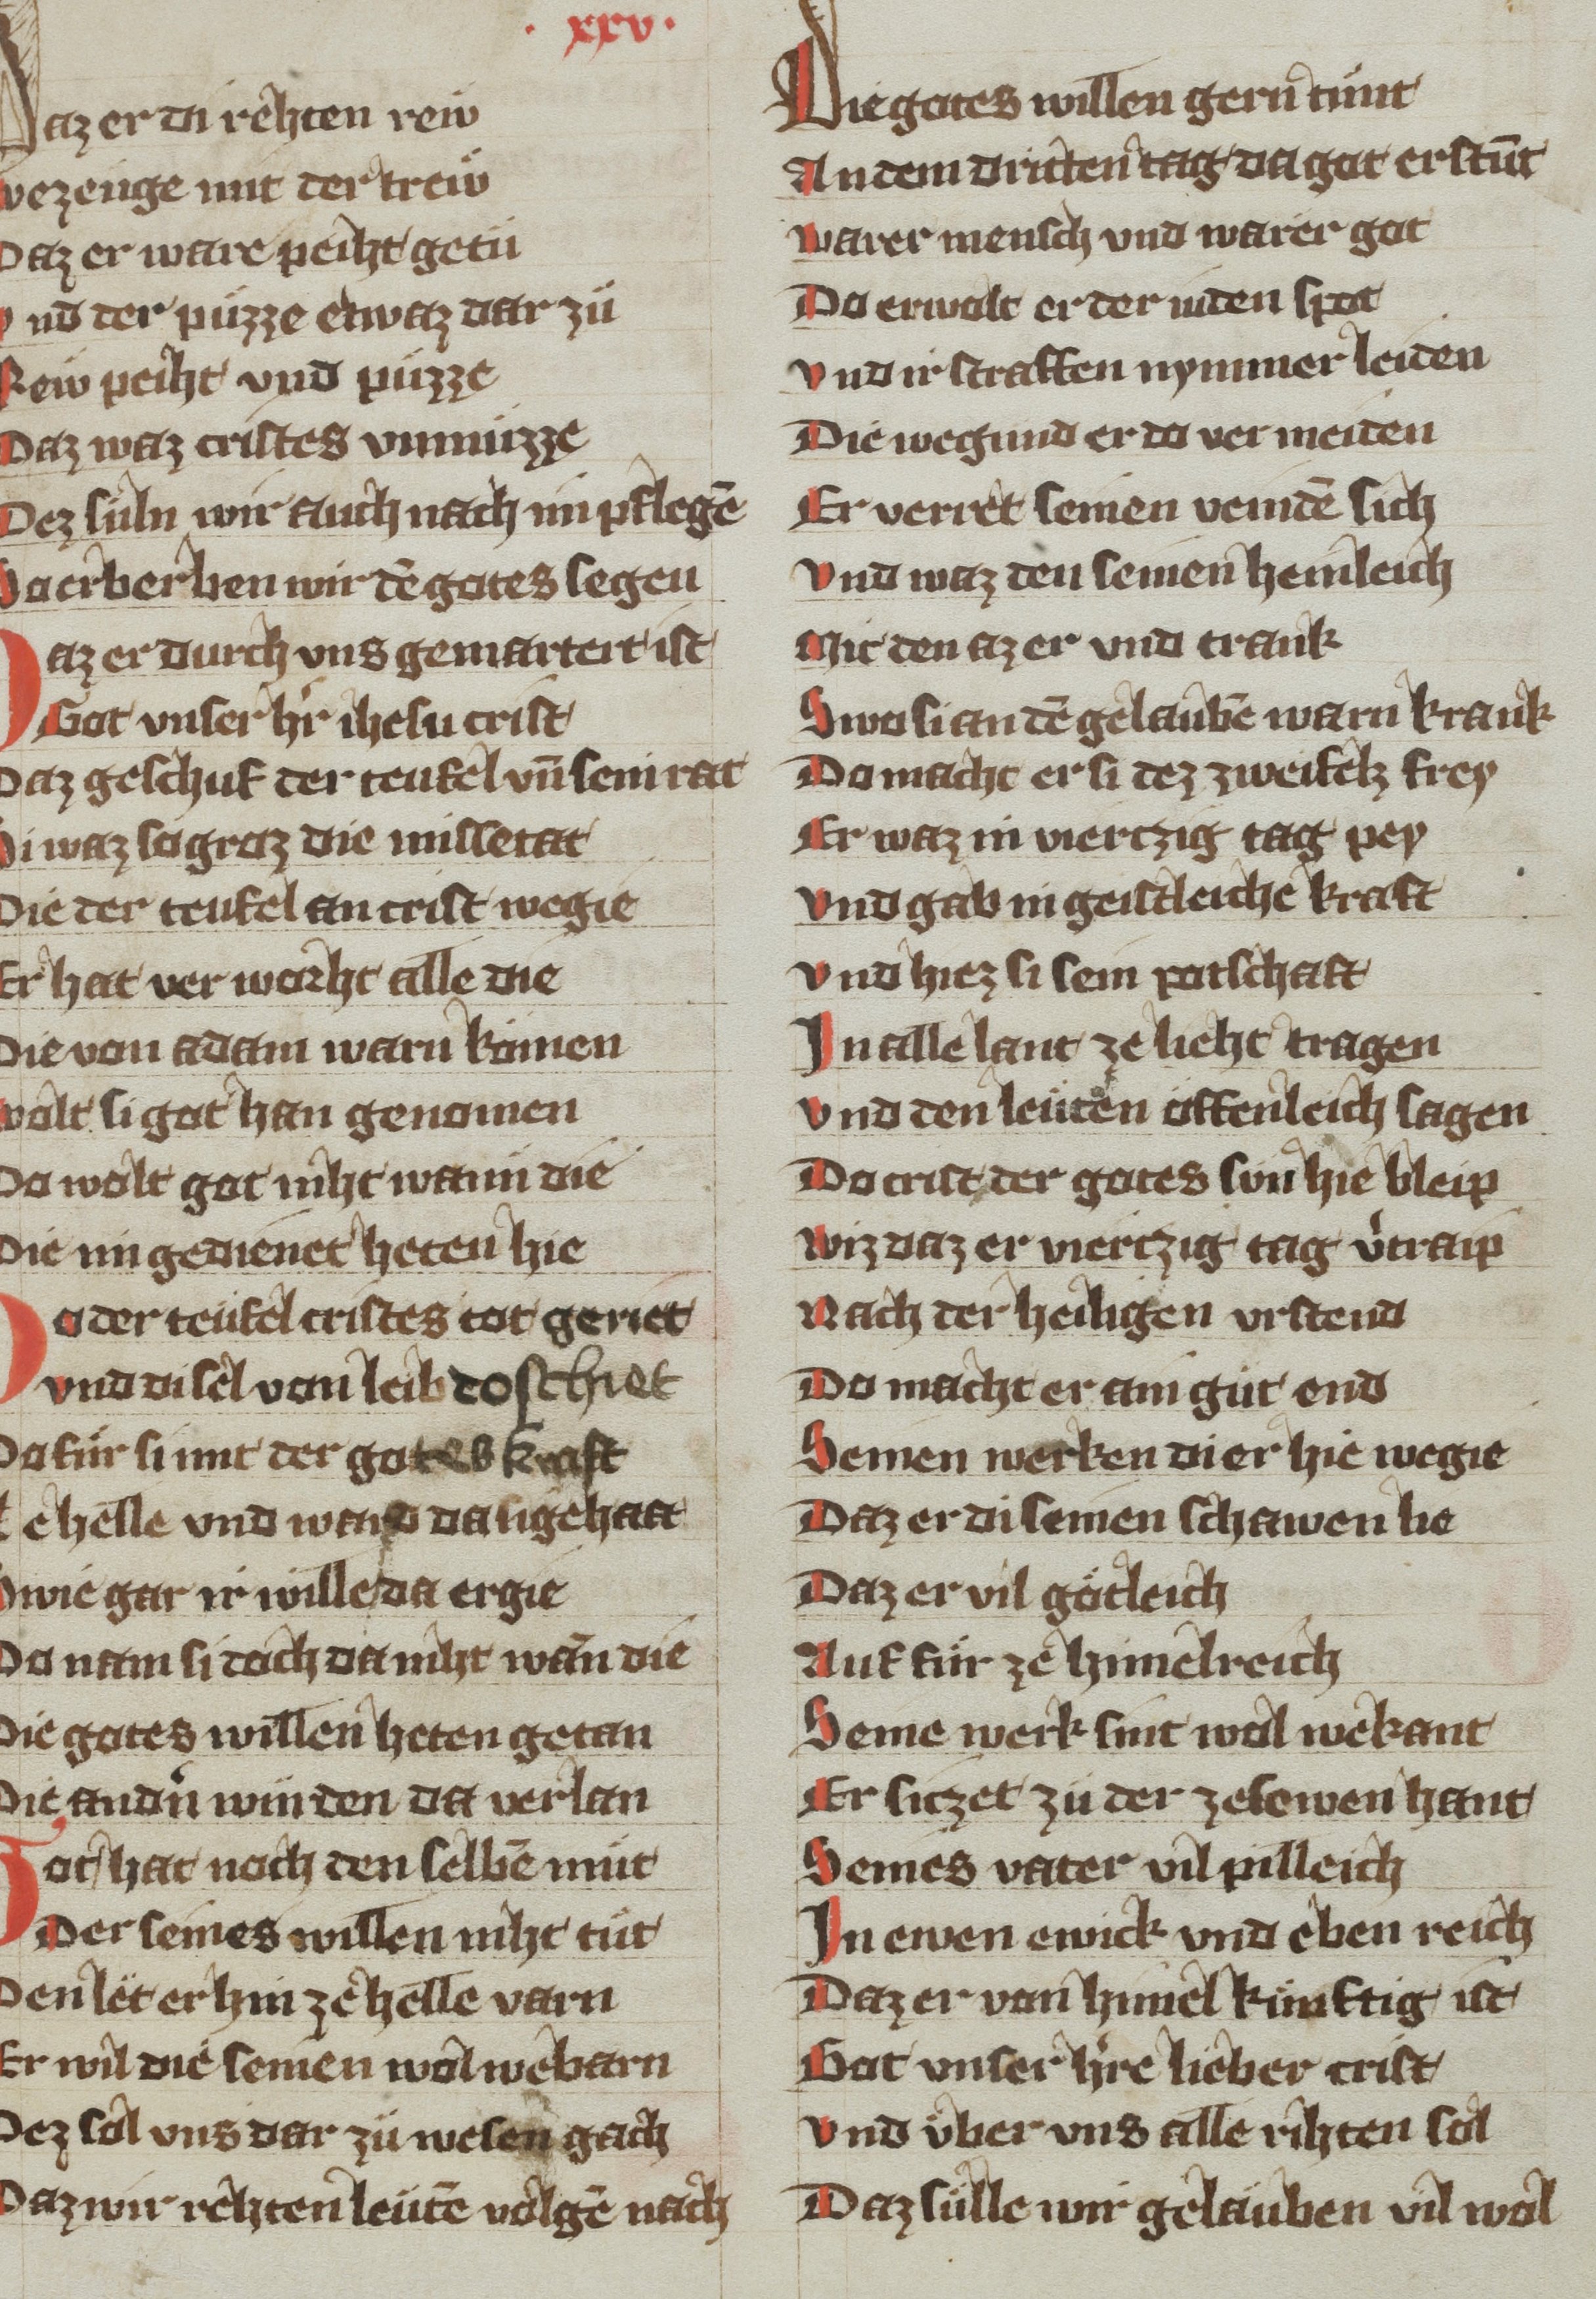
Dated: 1340–1359